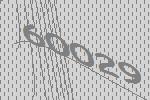
60029